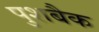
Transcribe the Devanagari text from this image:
पुशबैक